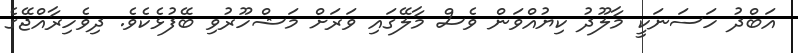
އަބްދު ހަސަނަކީ މާލޫދު ކިޔުއްވަން ވެސް މާލޭގައި ވަރަށް މަޝްހޫރުވި ބޭފުޅެކެވެ. ދިވެހިރާއްޖޭގެ